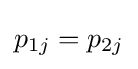
p_{1j}=p_{2j}